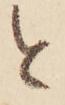
と